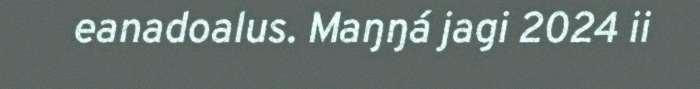
eanadoalus. Maŋŋá jagi 2024 ii